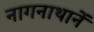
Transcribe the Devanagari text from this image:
नागनाथानें